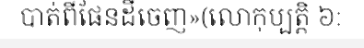
បាត់ពីផែនដីចេញ»(លោកុប្បត្តិ ៦: